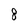
Character: 8